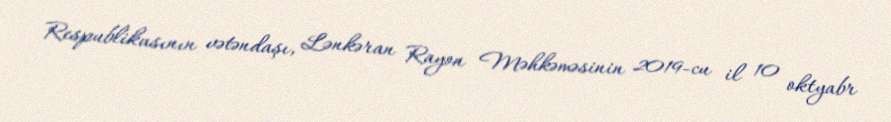
Respublikasının vətəndaşı, Lənkəran Rayon Məhkəməsinin 2019-cu il 10 oktyabr